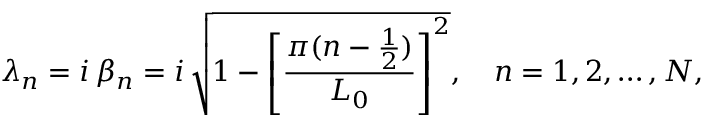
\lambda _ { n } = i \, \beta _ { n } = i \, \sqrt { 1 - \left[ \frac { \pi ( n - \frac { 1 } { 2 } ) } { L _ { 0 } } \right] ^ { 2 } } , \quad n = 1 , 2 , \dots , N ,